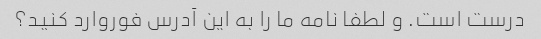
درست است. و لطفا نامه ما را به این آدرس فوروارد کنید؟